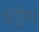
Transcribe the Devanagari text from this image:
अंट्रोफा